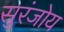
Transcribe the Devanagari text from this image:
सुरंजोय